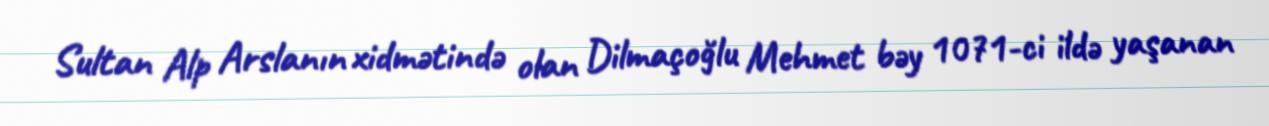
Sultan Alp Arslanın xidmətində olan Dilmaçoğlu Mehmet bəy 1071-ci ildə yaşanan